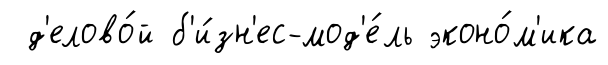
д'елово́й б'и́зн'ес-мод'е́ль эконо́м'ика